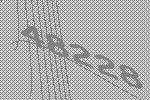
48228